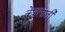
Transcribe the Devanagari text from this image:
केहलाती